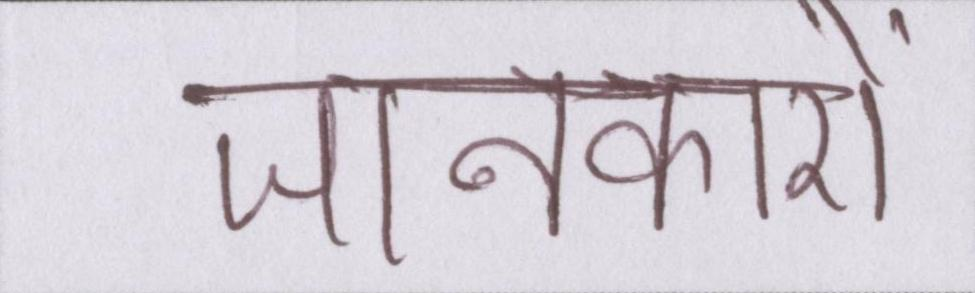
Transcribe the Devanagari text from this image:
जानकारों